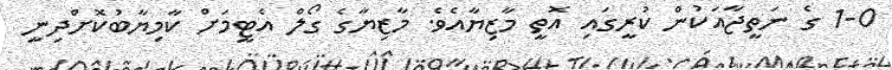
1-0 ގެ ނަތީޖާއަކުން ކުރީގައި އޮތީ މާޒިޔާއެވެ. މާޒިޔާގެ ގޯލް އެޓީމަށް ކާމިޔާބުކޮށްދިނީ